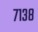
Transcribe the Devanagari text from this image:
७१३८